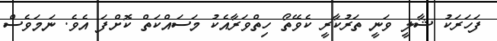
ފަހަރަކު ޝާލީ ވަނީ ތަރުކާރީ ކެވޭތޯ ހިތްވަރާއެކު މަސައްކަތް ކޮށްފަ އެވެ. ނަމަވެސް